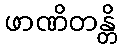
ဖာဏိတန္တိ